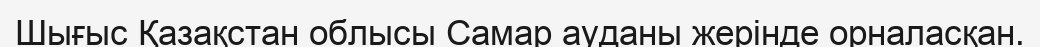
Шығыс Қазақстан облысы Самар ауданы жерінде орналасқан.